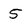
Character: 5